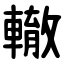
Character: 轍